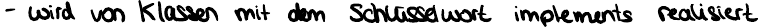
- wird von Klassen mit dem Schlüsselwort implements realisiert